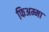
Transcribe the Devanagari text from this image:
फिअम्मा